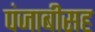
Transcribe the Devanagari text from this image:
पंजाबीसह